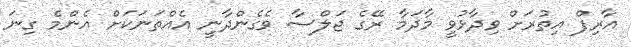
އާރިފް އިތުރަށް ވިދާޅުވީ މާދަމާ ރޭގެ ޖަލްސާ ވެގެންދާނީ އެއްތަނަކަށް އެންމެ ގިނަ